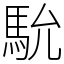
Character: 馻